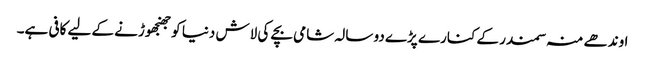
اوندھے منہ سمندر کے کنارے پڑے دو سالہ شامی بچے کی لاش دنیا کو جھنجھوڑنے کے لیے کافی ہے۔